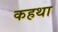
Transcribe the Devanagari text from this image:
कहथा